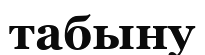
табыну